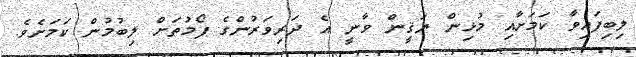
ލިބިފައިވާ ކަމަށާއި މުޅިން ޔަޤީން ވާނީ އެ ދަރިވަރުންގެ ފޯމުތަށް ލިބުމުން ކަމަށެވެ.